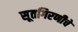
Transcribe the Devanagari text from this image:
सूतगिरणीचे